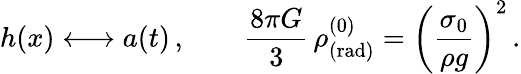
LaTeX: h(x)\longleftrightarrow a(t)\, ,\quad\quad\frac{8\pi G}{3}\, \rho_{\mathrm{(rad)}}^{(0)}=\left(\frac{\sigma_{0}}{\rho g}\right)^{2}\, .